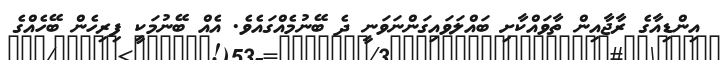
އިންޑިއާގެ ރާޖާއިން ތާވައްކާށި ބައްލަވައިގަންނަވަނީ ދެ ބޭނުމެއްގައެވެ. އެއް ބޭނުމަކީ ފިރިހެން ބޭހެއްގެ